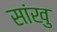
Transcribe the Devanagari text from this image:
सांखु